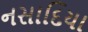
નસાદિયા